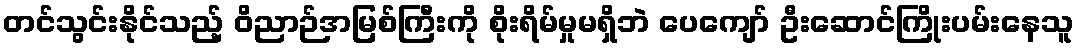
တင်သွင်းနိုင်သည့် ဝိညာဉ်အမြစ်ကြီးကို စိုးရိမ်မှုမရှိဘဲ ပေကျော် ဦးဆောင်ကြိုးပမ်းနေသူ